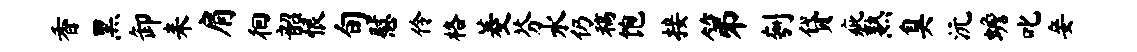
香黑卸耒肩徊韶恨旬慰伶格菱芬水仍稿饱接第刳贷疵熟臭沅蟾叱妾